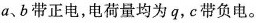
a、b带正电，电荷量均为q，c带负电。